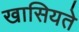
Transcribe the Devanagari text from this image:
खासियते